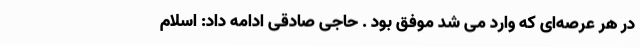
در هر عرصه‌ای که وارد می شد موفق بود . حاجی صادقی ادامه داد: اسلام